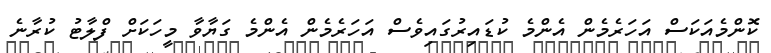
ކޮންމެއަކަސް އަހަރެމެން އެންމެ ކުޑައިރުގައިވެސް އަހަރެމެން އެންމެ ގަޔާވާ މީހަކަށް ފްލާޓު ކުރާނެ